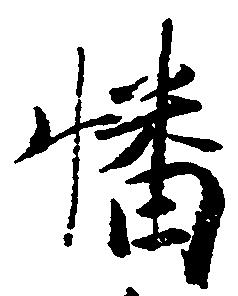
幡